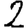
Digit: 2